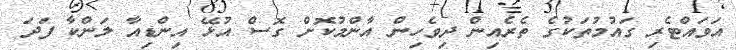
އަވައްޓެރި ގައުމުތަކުގެ ތެރެއިން ދިވެހިން އާންމުކޮށް ގޮސް އުޅޭ އިންޑިއާ ލަންކާ ފަދަ